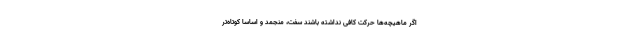
اگر ماهیچه‌ها حرکت کافی نداشته باشند سفت، منجمد و اساسا کوتاه‌تر